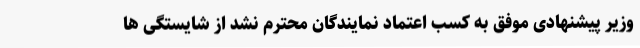
وزیر پیشنهادی موفق به کسب اعتماد نمایندگان محترم نشد از شایستگی ها